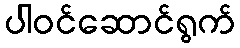
ပါဝင်ဆောင်ရွက်